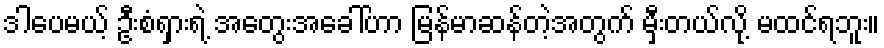
ဒါပေမယ့် ဦးစံရှားရဲ့ အတွေးအခေါ်ဟာ မြန်မာဆန်တဲ့အတွက် မှီးတယ်လို့ မထင်ရဘူး။